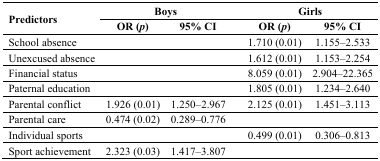
<table><thead><tr><td rowspan="2"><b>Predictors</b></td><td colspan="2"><b>Boys</b></td><td></td><td colspan="2"><b>Girls</b></td></tr><tr><td><b>OR (<i>p</i>)</b></td><td><b>95% CI</b></td><td></td><td><b>OR (<i>p</i>)</b></td><td><b>95% CI</b></td></tr></thead><tbody><tr><td>School absence</td><td></td><td></td><td></td><td>1.710 (0.01)</td><td>1.155–2.533</td></tr><tr><td>Unexcused absence</td><td></td><td></td><td></td><td>1.612 (0.01)</td><td>1.153–2.254</td></tr><tr><td>Financial status</td><td></td><td></td><td></td><td>8.059 (0.01)</td><td>2.904–22.365</td></tr><tr><td>Paternal education</td><td></td><td></td><td></td><td>1.805 (0.01)</td><td>1.234–2.640</td></tr><tr><td>Parental conflict</td><td>1.926 (0.01)</td><td>1.250–2.967</td><td></td><td>2.125 (0.01)</td><td>1.451–3.113</td></tr><tr><td>Parental care</td><td>0.474 (0.02)</td><td>0.289–0.776</td><td></td><td></td><td></td></tr><tr><td>Individual sports</td><td></td><td></td><td></td><td>0.499 (0.01)</td><td>0.306–0.813</td></tr><tr><td>Sport achievement</td><td>2.323 (0.03)</td><td>1.417–3.807</td><td></td><td></td><td></td></tr></tbody></table>